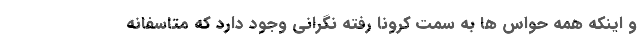
و اینکه همه حواس ها به سمت کرونا رفته نگرانی وجود دارد که متاسفانه